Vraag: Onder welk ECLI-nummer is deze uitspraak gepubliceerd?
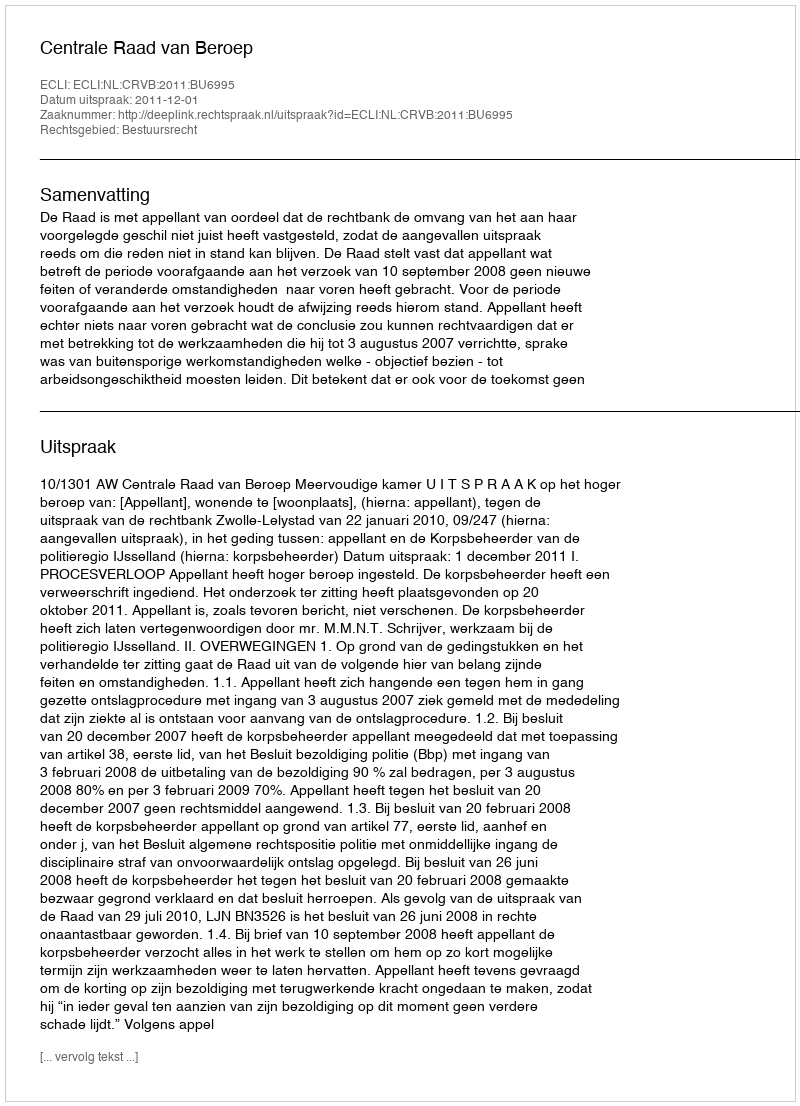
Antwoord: ECLI:NL:CRVB:2011:BU6995